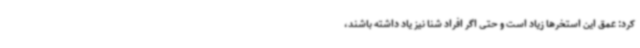
کرد: عمق این استخرها زیاد است و حتی اگر افراد شنا نیز یاد داشته باشند،